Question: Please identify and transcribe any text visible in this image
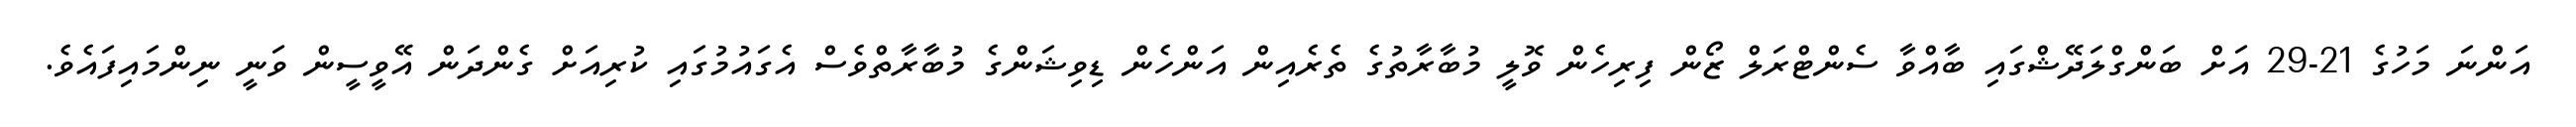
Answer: އަންނަ މަހުގެ 21-29 އަށް ބަންގްލަދޭޝްގައި ބާއްވާ ސެންޓްރަލް ޒޯން ފިރިހެން ވޮލީ މުބާރާތުގެ ތެރެއިން އަންހެން ޑިވިޝަންގެ މުބާރާތްވެސް އެގައުމުގައި ކުރިއަށް ގެންދަން އޭވީސީން ވަނީ ނިންމައިފައެވެ.